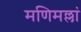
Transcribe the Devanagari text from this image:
मणिमल्लां